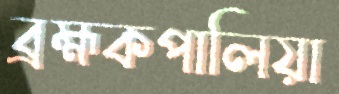
ব্রহ্মকপালিয়া